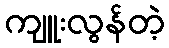
ကျူးလွန်တဲ့